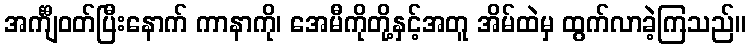
အင်္ကျီဝတ်ပြီးနောက် ကာနာကို၊ အေမီကိုတို့နှင့်အတူ အိမ်ထဲမှ ထွက်လာခဲ့ကြသည်။